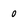
Character: 0